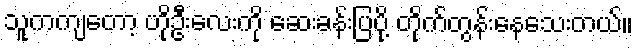
သူကကျတော့ ဟိုဦးလေးကို ဆေးခန်းပြပို့ တိုက်တွန်းနေသေးတယ်။